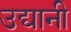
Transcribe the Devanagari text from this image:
उद्यानी